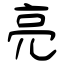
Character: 亮